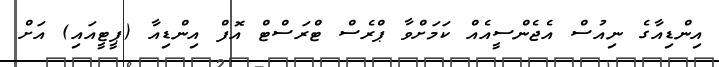
އިންޑިއާގެ ނިއުސް އެޖެންސީއެއް ކަމަށްވާ ޕްރެސް ޓްރަސްޓް އޮފް އިންޑިއާ (ޕީޓީއައި) އަށް